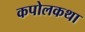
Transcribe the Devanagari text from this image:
कपोलकथा